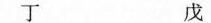
丁 戊